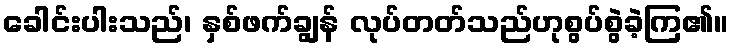
ခေါင်းပါးသည်၊ နှစ်ဖက်ချွန် လုပ်တတ်သည်ဟုစွပ်စွဲခဲ့ကြ၏။